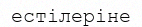
естілеріне